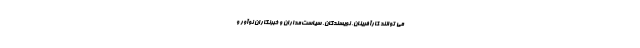
می توانند کارآفرینان، نویسندگان، سیاست‌­مداران و خبرنگاران نوآور و